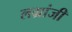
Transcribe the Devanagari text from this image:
लग्रांजी